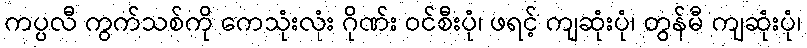
ကပ္ပလီ ကွက်သစ်ကို ကေသုံးလုံး ဂိုဏ်း ဝင်စီးပုံ၊ ဖရင့် ကျဆုံးပုံ၊ တွန်မီ ကျဆုံးပုံ၊